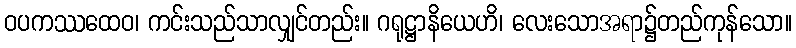
ဝပကဿထေဝ၊ ကင်းသည်သာလျှင်တည်း။ ဂရုဋ္ဌာနိယေဟိ၊ လေးသောအရာ၌တည်ကုန်သော။